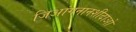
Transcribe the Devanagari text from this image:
जिआंगनानशीदाओ